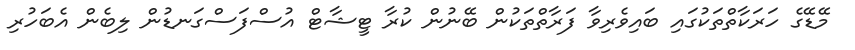
މޭޑޭގެ ހަރަކާތްތަކުގައި ބައިވެރިވާ ފަރާތްތަކުން ބޭނުން ކުރާ ޓީޝާޓް އުސްފަސްގަނޑުން ލިބެން އެބަހުރި